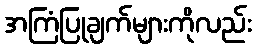
အကြံပြုချက်များကိုလည်း